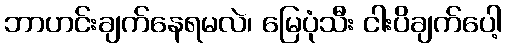
ဘာဟင်းချက်နေရမလဲ၊ မြေပုံသီး ငါးပိချက်ပေါ့